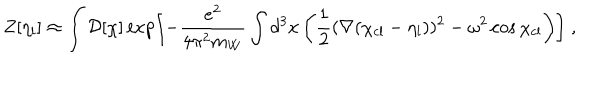
LaTeX: Z [ \eta _ { l } ] \approx \int { \cal D } [ \chi ] \exp \left[ - { \frac { e ^ { 2 } } { 4 \pi ^ { 2 } m _ { W } } } \int d ^ { 3 } x \left( { \frac { 1 } { 2 } } ( \nabla ( \chi _ { \mathrm { c l } } - \eta _ { l } ) ) ^ { 2 } - \omega ^ { 2 } \cos \chi _ { \mathrm { c l } } \right) \right] \; ,